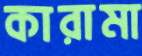
কারামা